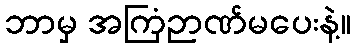
ဘာမှ အကြံဉာဏ်မပေးနဲ့။